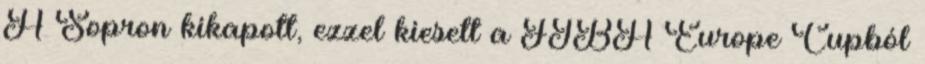
A Sopron kikapott, ezzel kiesett a FIBA Europe Cupból